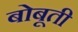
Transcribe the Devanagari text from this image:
बोबूती